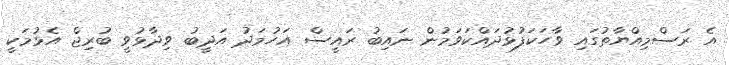
އެ ރަސްމިއްޔާތުގައި ވާހަކަފުޅުދައްކަވަމުން ނައިބު ރައީސް އަހުމަދު އަދީބު ވިދާޅުވީ ބުރިޖް އެޅުމަކީ